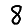
Digit: 8